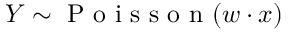
Y \sim \textrm { P o i s s o n } ( w \cdot x )